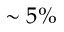
\sim 5 \%